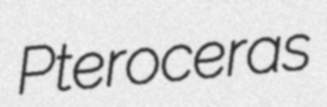
Pteroceras